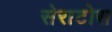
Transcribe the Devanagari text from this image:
सेराटोस